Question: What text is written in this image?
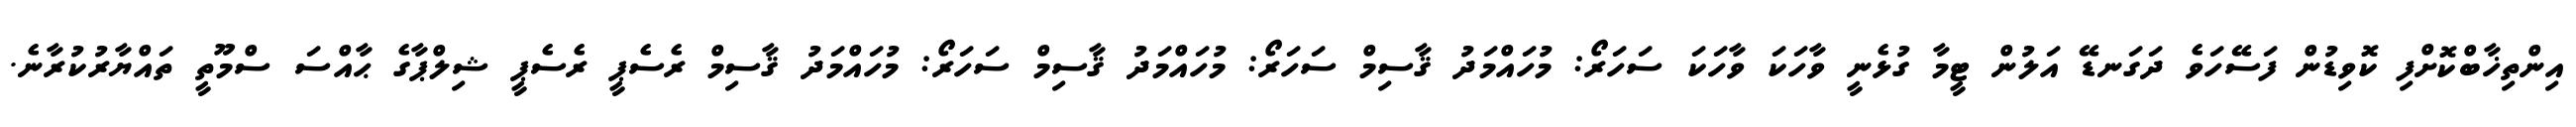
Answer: އިންތިޚާބްކޮށްފި ކޮވިޑުން ފަސޭހަވެ ދަގަނޑޭ އަލުން ޓީމާ ގުޅެނީ ވާހަކަ ވާހަކަ ސަހަރޯ: މުހައްމަދު ޤާސިމް ސަހަރޯ: މުހައްމަދު ޤާސިމް ސަހަރޯ: މުހައްމަދު ޤާސިމް ރެސެޕީ ރެސެޕީ ޝިލްޕާގެ ޙާއްސަ ސްމޫތީ ތައްޔާރުކުރާނެ.